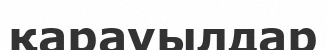
қарауылдар